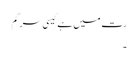
رت میں ہے کیسی سرگم
۔